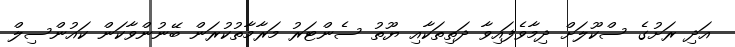
އަދި ރަށުގެ ސްކޫލަށް ދިމާވެފައިވާ ދަތިތަކާއި ޔޫތު ސެންޓަރު މަރާމާތުކުރަން ބޭނުންވާކަން ކައުންސިލް